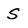
Character: S